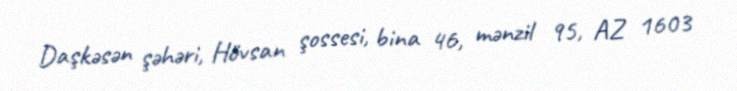
Daşkəsən şəhəri, Hövsan şossesi, bina 46, mənzil 95, AZ 1603